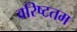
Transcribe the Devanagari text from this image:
वरिष्‍टतम